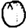
Digit: 0